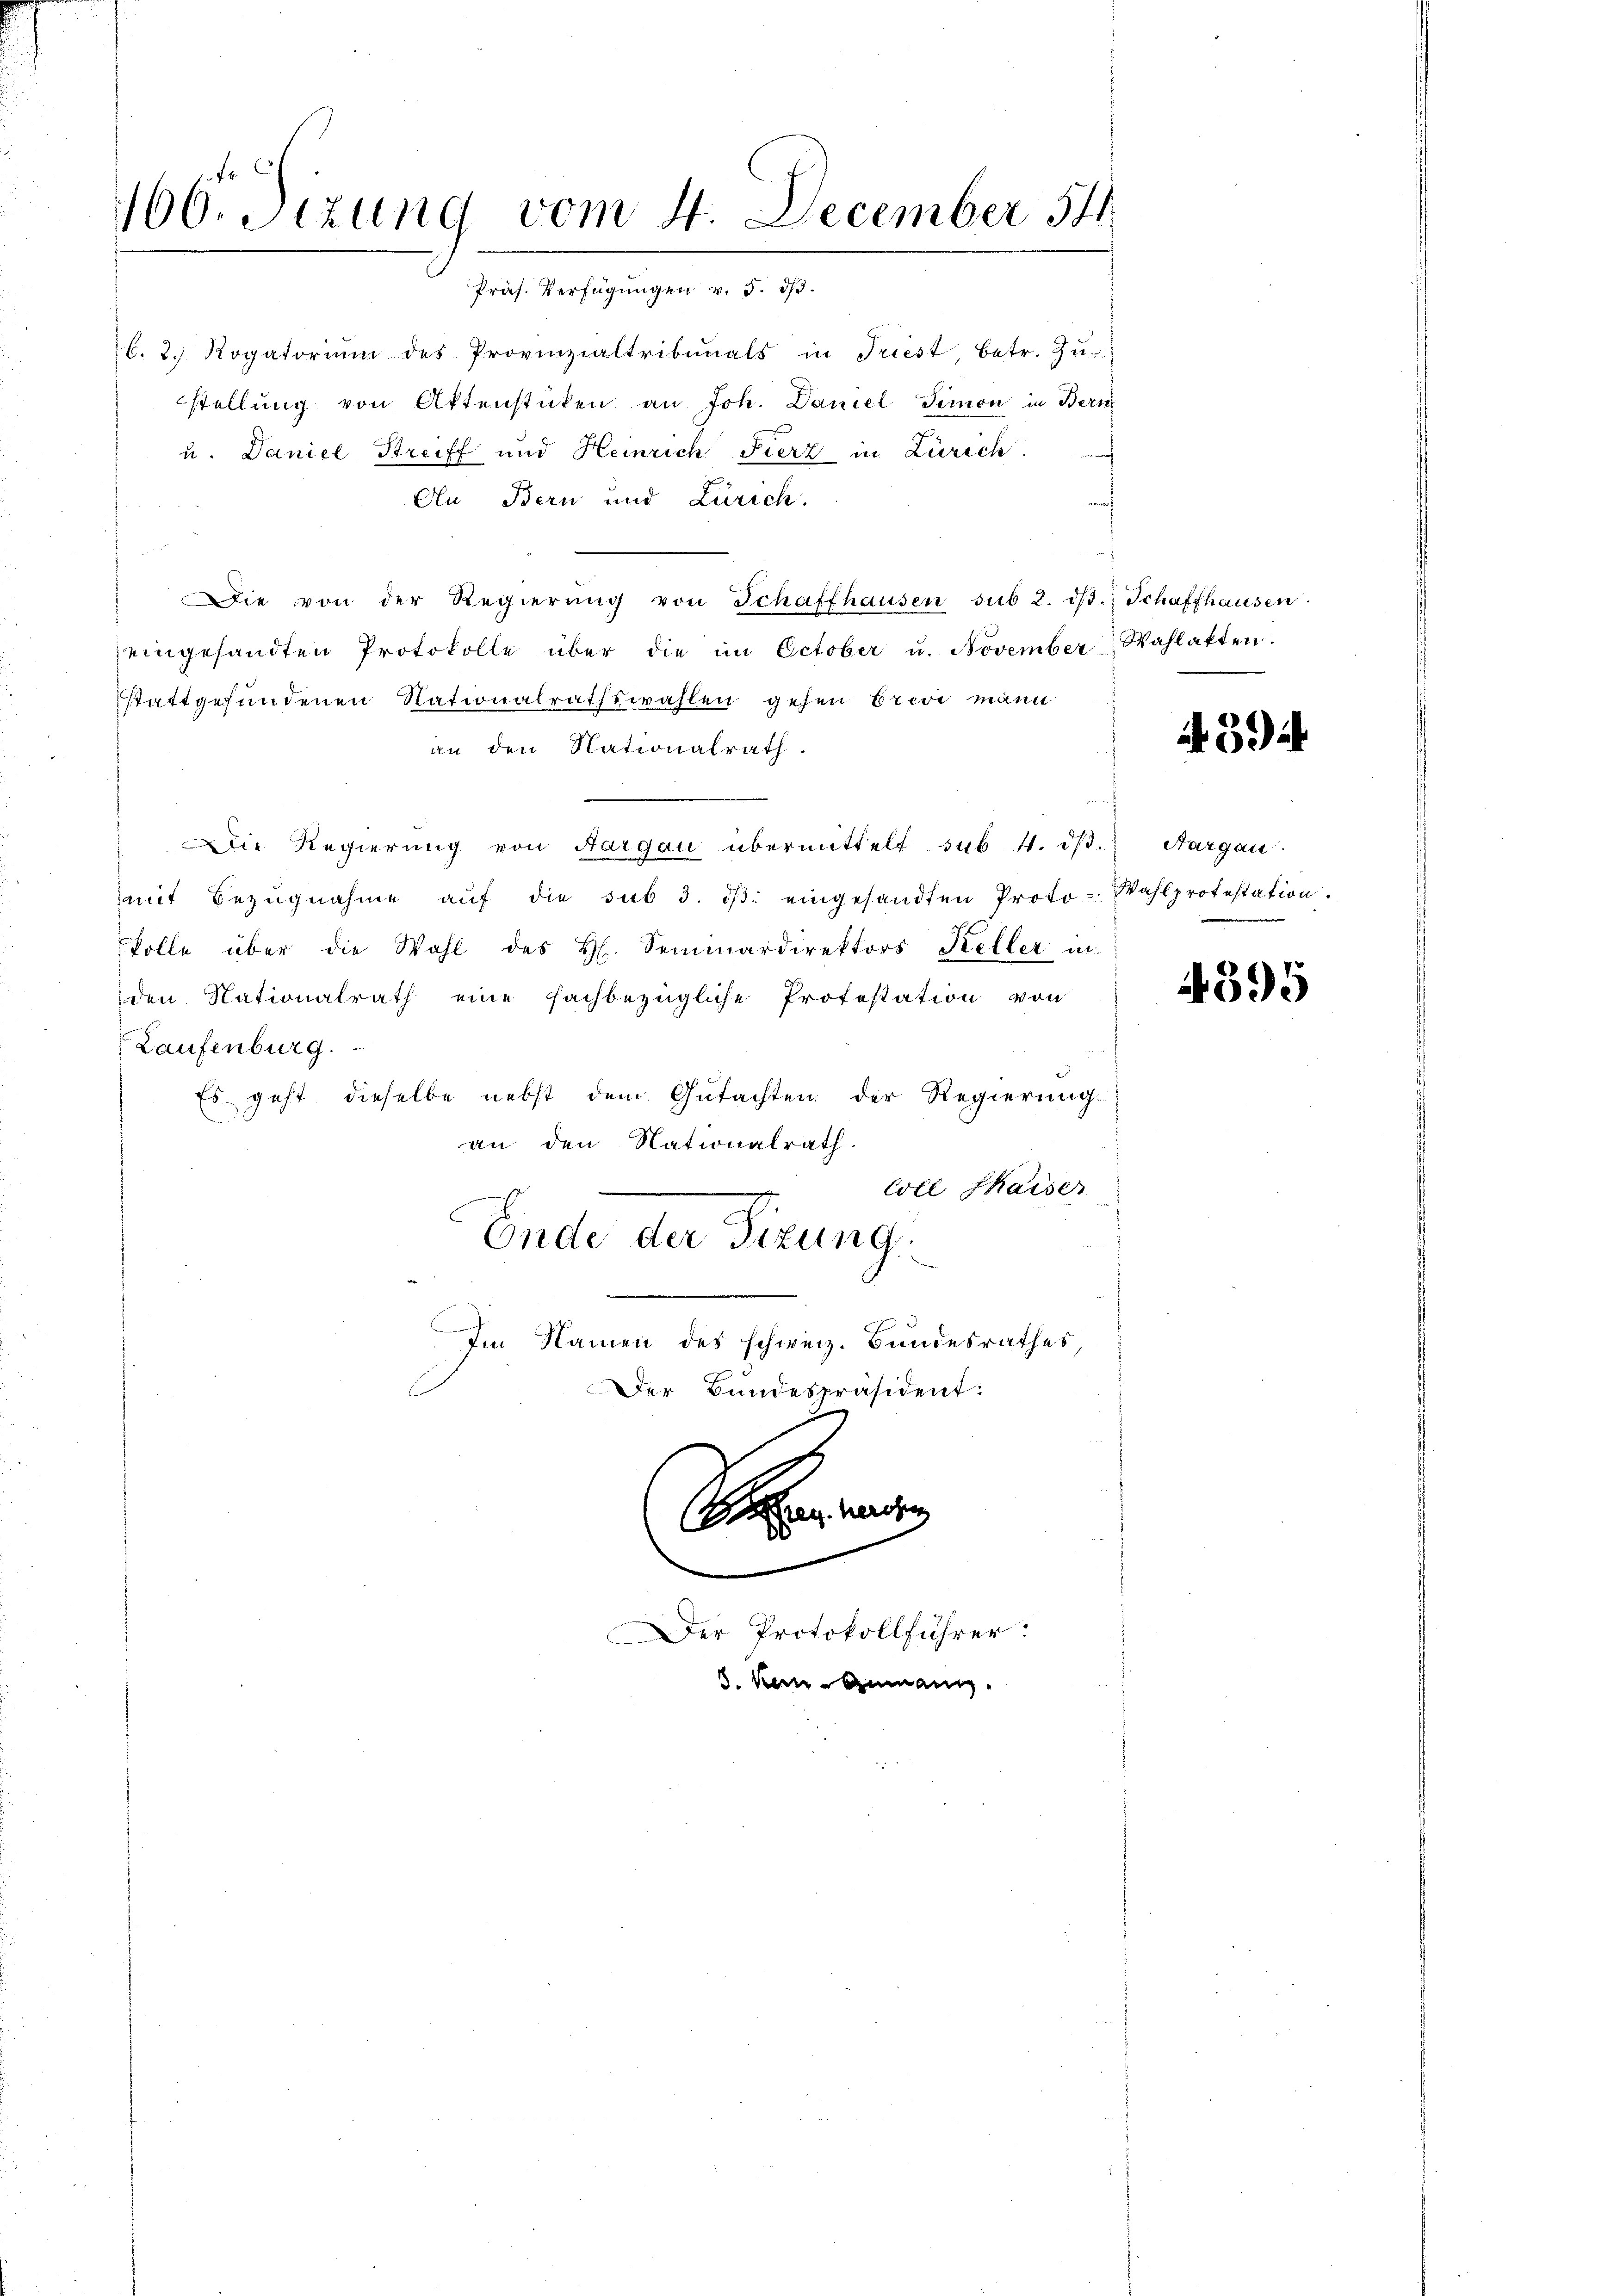
166. Sizung vom 4. December 54

Präs. Verfügungen v. 5. ds.
b. 2. Rogatoriŭm des Provinzialtribunals in Triest, betr. Zŭ-
stellung von Aktenstücken an Joh. Daniel Simon in Bern
u. Daniel Streiff und Heinrich Fierz in Zürich.
An Bern und Zürich.
Die von der Regierŭng von Schaffhausen sub 2. dβ. Schaffhausen.
eingesandten Protokolle über die im October u. November Wahlatten.
stattgefundenen Nationalrathswahlen gehen brevi mann
an den Nationalrath.
Die Regierung von Aargau übermittelt, sub. 4. ds. Aargau
mit Bezŭgnahme aŭf die sub 3. dβ eingesandten Proto-Wahlprotestation.
kolle über die Wahl des H. Seminardirektors Keller in
den Nationalrath eine fachbezügliche Profestation von
Laufenburg.
Es geht dieselbe nebst dem Gutachten der Regierung.
an den Nationalrath.
Coll Thaiser
Ende der Firung
Im Namen des schweiz. Bundesrathes
Der Bundespräsident:

S
mementen

Der Protokollführer:

z. Herosen

. Kern Ammann.

4394

4395